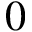
0